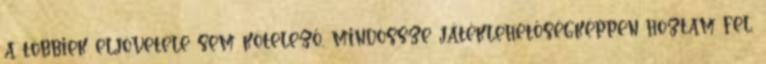
a többiek eljövetele sem kötelező, mindössze játéklehetőségképpen hoztam fel,